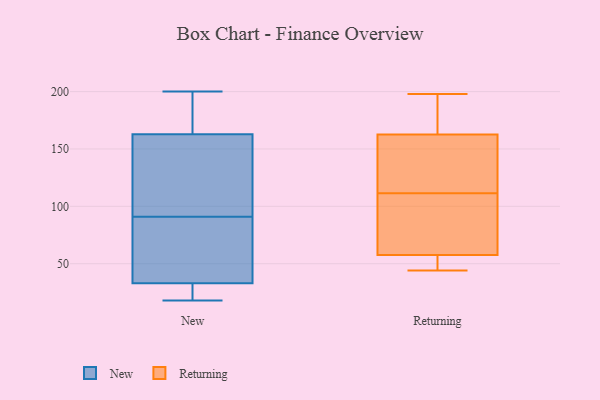
{"axis": {"x": "LTV (USD)", "y": "Value"}, "legend": ["New", "Returning"], "data": [{"x": "", "y": 178, "type": "New"}, {"x": "", "y": 63, "type": "New"}, {"x": "", "y": 91, "type": "New"}, {"x": "", "y": 71, "type": "New"}, {"x": "", "y": 18, "type": "New"}, {"x": "", "y": 136, "type": "New"}, {"x": "", "y": 25, "type": "New"}, {"x": "", "y": 120, "type": "New"}, {"x": "", "y": 200, "type": "New"}, {"x": "", "y": 20, "type": "New"}, {"x": "", "y": 169, "type": "New"}, {"x": "", "y": 33, "type": "New"}, {"x": "", "y": 165, "type": "New"}, {"x": "", "y": 162, "type": "New"}, {"x": "", "y": 42, "type": "New"}, {"x": "", "y": 33, "type": "New"}, {"x": "", "y": 154, "type": "New"}, {"x": "", "y": 62, "type": "Returning"}, {"x": "", "y": 173, "type": "Returning"}, {"x": "", "y": 44, "type": "Returning"}, {"x": "", "y": 119, "type": "Returning"}, {"x": "", "y": 52, "type": "Returning"}, {"x": "", "y": 104, "type": "Returning"}, {"x": "", "y": 121, "type": "Returning"}, {"x": "", "y": 198, "type": "Returning"}, {"x": "", "y": 103, "type": "Returning"}, {"x": "", "y": 198, "type": "Returning"}, {"x": "", "y": 53, "type": "Returning"}, {"x": "", "y": 152, "type": "Returning"}]}